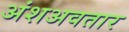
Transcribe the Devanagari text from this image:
अंशअवतार